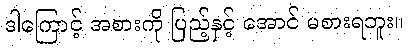
ဒါကြောင့် အစားကို ပြည့်နှင့် အောင် မစားရဘူး။